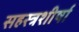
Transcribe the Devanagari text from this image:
सहस्त्रशीर्षा